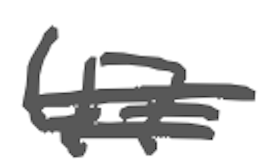
Text: 47
Cross-out: double-line
Writing tool: digital_gray